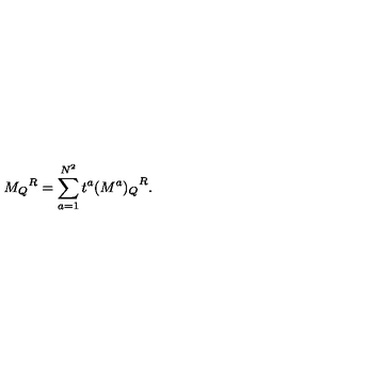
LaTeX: { M _ { Q } } ^ { R } = \sum _ { a = 1 } ^ { N ^ { 2 } } t ^ { a } { ( M ^ { a } ) _ { Q } } ^ { R } .